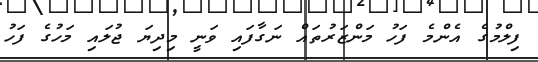
ފިލްމުގެ އެންމެ ފަހު މަންޒަރުތައް ނަގާފައި ވަނީ މިދިޔަ ޖުލައި މަހުގެ ފަހު